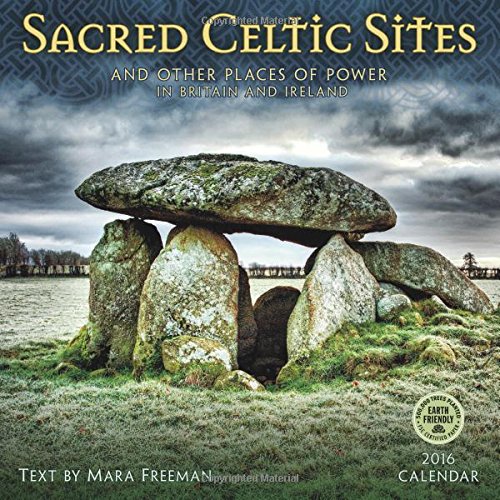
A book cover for Sacred Celtic Sites 2016 Wall Calendar; Mara Freeman; Arts & Photography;